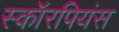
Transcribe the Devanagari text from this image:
स्कॉरपियंस